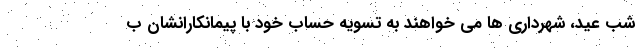
شب عید، شهرداری ها می خواهند به تسویه حساب خود با پیمانکارانشان ب